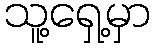
သူ့ရှေ့မှာ